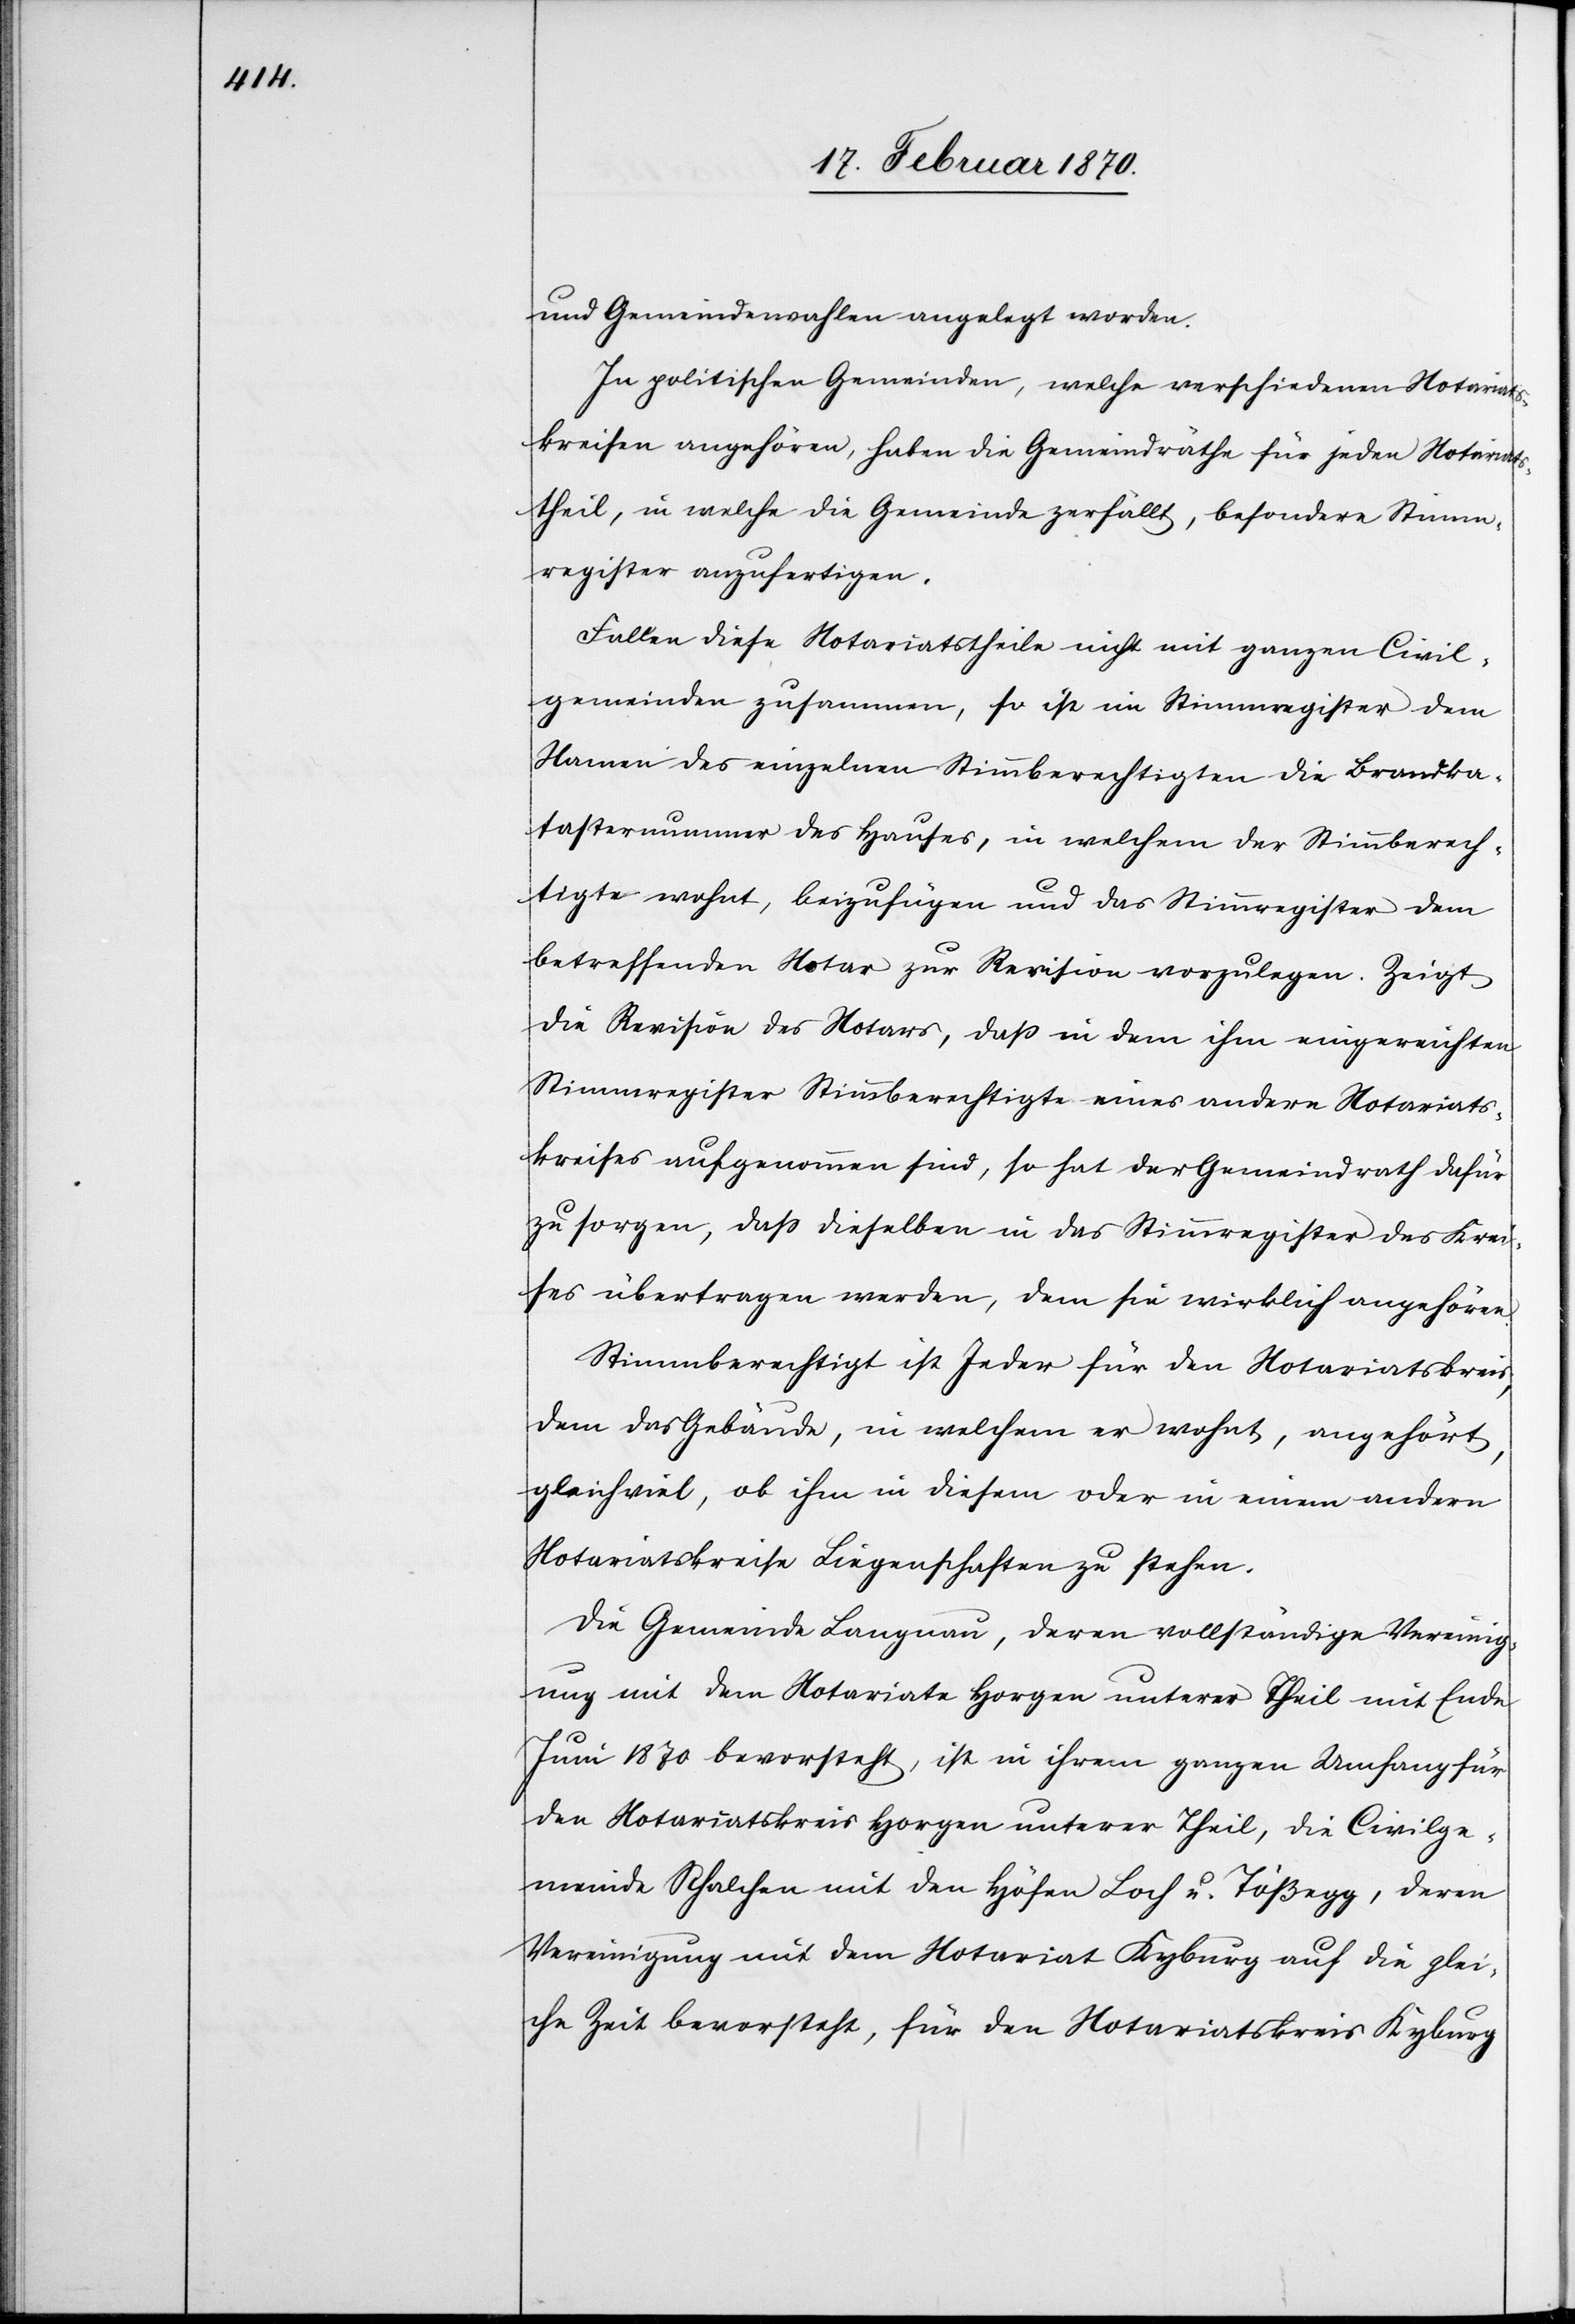
und Gemeindewahlen angelegt worden.
In politischen Gemeinden, welche verschiedenen Notariats¬
kreisen angehören, haben die Gemeindräthe für jeden Notariats¬
theil, in welche die Gemeinde zerfällt, besondere Stimm¬
register anzufertigen.
Fallen diese Notariatstheile nicht mit ganzen Civil¬
gemeinden zusammen, so ist im Stimmregister dem
Namen des einzelnen Stimmberechtigten die Brandka¬
tasternummer des Hauses, in welchem der Stimmberech¬
tigte wohnt, beizufügen und das Stimmregister dem
betreffenden Notar zur Revision vorzulegen. Zeigt
die Revision des Notars, dass in dem ihm eingereichten
Stimmregister Stimmberechtigte eines andern Notariats¬
kreises aufgenommen sind, so hat der Gemeindrath dafür
zu sorgen, dass dieselben in das Stimmregister des Krei¬
ses übertragen werden, dem sie wirklich angehören.
Stimmberechtigt ist Jeder für den Notariatskreis,
dem das Gebäude, in welchem er wohnt, angehört,
gleichviel, ob ihm in diesem oder in einem andern
Notariatskreise Liegenschaften zu stehen.
Die Gemeinde Langnau, deren vollständige Vereinig¬
ung mit dem Notariate Horgen unterer Theil mit Ende
Juni 1870 bevorsteht, ist in ihrem ganzen Umfang für
den Notariatskreis Horgen unterer Theil, die Civilge¬
meinde Schalchen mit den Höfen Loch u. Tößegg, deren
Vereinigung mit dem Notariat Kyburg auf die glei¬
che Zeit bevorsteht, für den Notariatskreis Kyburg